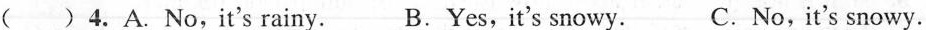
( ) 4.A. No,it's rainy. B.Yes,it's snowy. C.No,it's snowy.